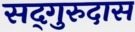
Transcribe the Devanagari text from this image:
सद्‌गुरुदास